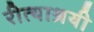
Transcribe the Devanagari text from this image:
रीत्याश्रयी